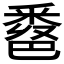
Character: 𨤖